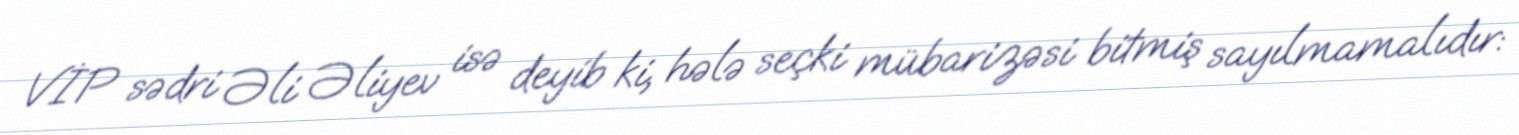
VİP sədri Əli Əliyev isə deyib ki, hələ seçki mübarizəsi bitmiş sayılmamalıdır: